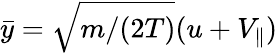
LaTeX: \bar{y}=\sqrt{m/(2T)}(u+V_{\parallel})